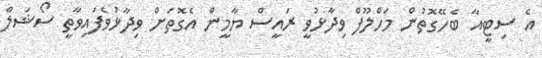
އެ ސިޓީއާ ބެހޭގޮތުން މަހްލޫފް ވިދާޅުވީ ރައީސް ޔާމީން އެގޮތަށް ވިދާޅުވެފައިވާތީ ސޯޝަލް